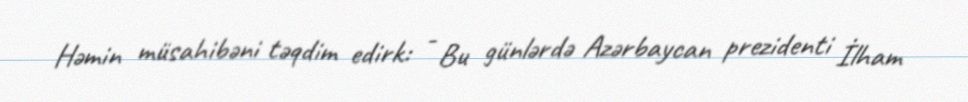
Həmin müsahibəni təqdim edirk: - Bu günlərdə Azərbaycan prezidenti İlham